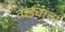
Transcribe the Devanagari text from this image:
तांड्यांचा